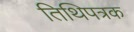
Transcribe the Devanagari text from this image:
तिथिपत्रक